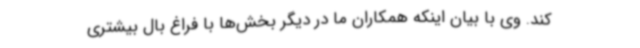
کند. وی با بیان اینکه همکاران ما در دیگر بخش‌ها با فراغ بال بیشتری